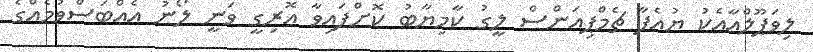
ލިވަޕޫލްއާއެކު ޔުއެފާ ޗެމްޕިއަންސް ލީގު ކާމިޔާބު ކޮށްފައިވާ އޮރިގީ ވަނީ ލޯނު އެއްބަސްވުމެއްގެ